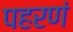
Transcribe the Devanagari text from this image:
पहरणं